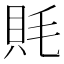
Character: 㲘